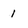
Character: 1